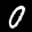
Digit: 0